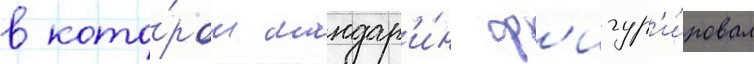
в кото́ром мандар'и́н ф'игур'и́ровал